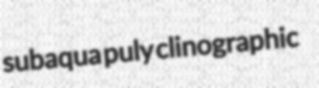
subaqua puly clinographic